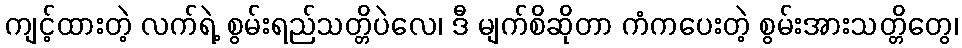
ကျင့်ထားတဲ့ လက်ရဲ့ စွမ်းရည်သတ္တိပဲလေ၊ ဒီ မျက်စိဆိုတာ ကံကပေးတဲ့ စွမ်းအားသတ္တိတွေ၊